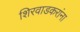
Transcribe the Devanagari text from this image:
शिरवाडकरांना